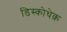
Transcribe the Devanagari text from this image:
डिस्कोथेक़